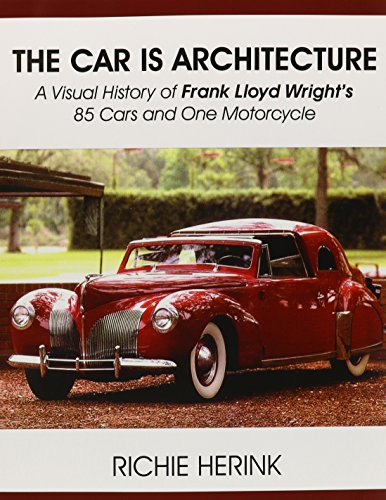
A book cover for The Car Is Architecture - A Visual History of Frank Lloyd Wright's 85 Cars and One Motorcycle; Richie Herink; Crafts, Hobbies & Home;